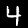
Digit: 4